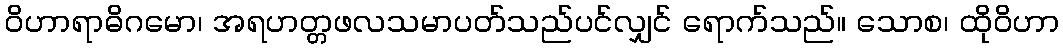
ဝိဟာရာဓိဂမော၊ အရဟတ္တဖလသမာပတ်သည်ပင်လျှင် ရောက်သည်။ သောစ၊ ထိုဝိဟာ